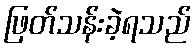
ဖြတ်သန်းခဲ့ရသည်